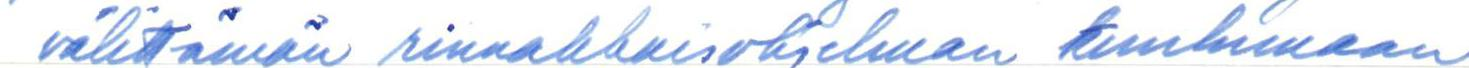
välittämän rinnakkaisohjelman kuulumaan